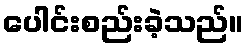
ပေါင်းစည်းခဲ့သည်။